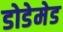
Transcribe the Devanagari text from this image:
डोडेमेड